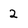
Character: 2